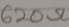
Text: 620Ω